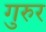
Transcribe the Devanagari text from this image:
गुरुर